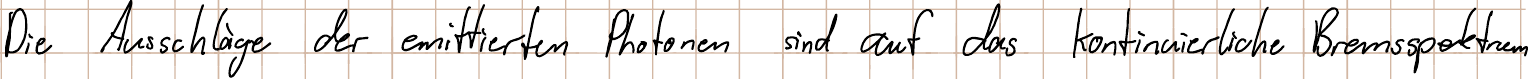
Die Ausschläge der emittierten Photonen sind auf das kontinuierliche Bremsspektrum